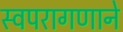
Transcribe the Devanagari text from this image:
स्वपरागणाने